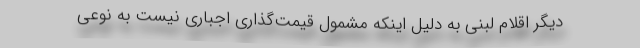
دیگر اقلام لبنی به دلیل اینکه مشمول قیمت‌گذاری اجباری نیست به نوعی